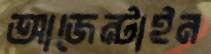
আজেন্টাইন